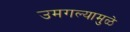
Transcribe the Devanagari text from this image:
उमगल्यामुळे